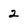
Character: 2